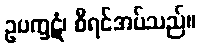
ဥပက္ခဋံ၊ စီရင်အပ်သည်။